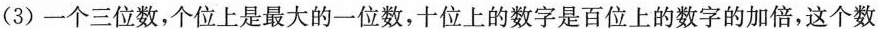
(3)一个三位数，个位上是最大的一位数，十位上的数字是百位上的数字的加倍，这个数